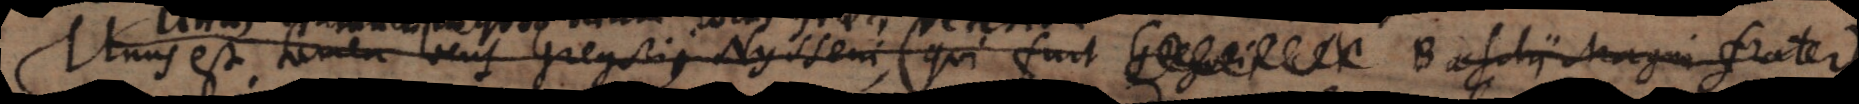
unus est tamen locus Gregorii Nysseni (qui fuit Basilii Magni frater),